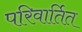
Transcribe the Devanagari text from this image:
परिवार्तित